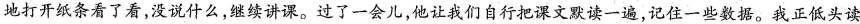
地打开纸条看了看，没说什么，继续讲课。过了一会儿，他让我们自行把谋文读一遍，记住一些数据。我正低头读